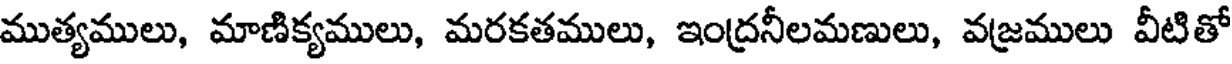
ముత్యములు, మాణిక్యములు, మరకతములు, ఇంద్రనీలమణులు, వజ్రములు వీటితో